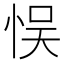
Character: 悮